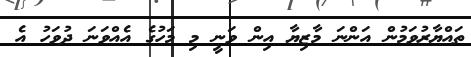
ތައްޔާރުވަމުން އަންނަ މާޒިޔާ އިން ވަނީ މި މަހުގެ އެއްވަނަ ދުވަހު އެ